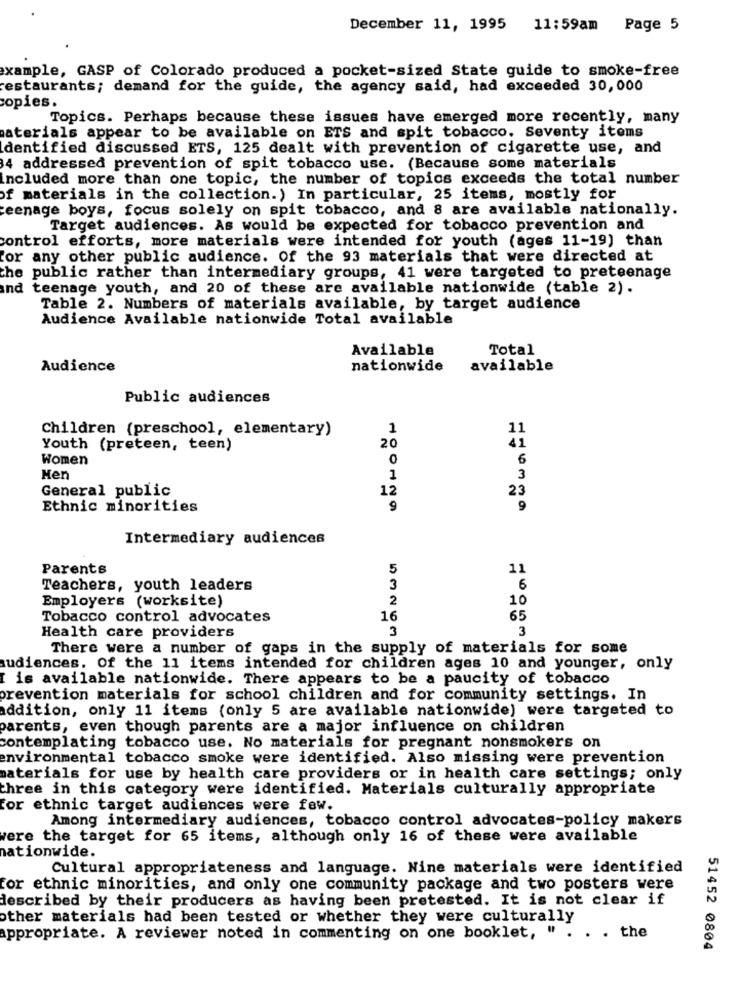
December 11, 1995 11:59am Page 5
example, GASP of Colorado produced a pocket-sized State guide to smoke-free
restaurants; demand for the guide, the agency said, had exceeded 30, 000
copies.
Topics. Perhaps because these issues have emerged more recently, many
aterials appear to be available on ETS and spit tobacco. Seventy items
Identified discussed ETS, 125 dealt with prevention of cigarette use, and
4 addressed prevention of spit tobacco use. (Because some materials
included more than one topic, the number of topics exceeds the total number
of materials in the collection.) In particular, 25 items, mostly for
teenage boys, focus solely on spit tobacco, and 8 are available nationally.
Target audiences. As would be expected for tobacco prevention and
control efforts, more materials were intended for youth (ages 11-19) than
for any other public audience. Of the 93 materials that were directed at
the public rather than intermediary groups, 41 were targeted to preteenage
ind teenage youth, and 20 of these are available nationwide (table 2).
Table 2. Numbers of materials available, by target audience
Audience Available nationwide Total available
Available
Total
Audience
nationwide
available
Public audiences
Children (preschool, elementary)
1
11
Youth (preteen, teen)
20
41
Women
0
6
Men
1
3
General public
12
23
Ethnic minorities
9
9
Intermediary audiences
Parents
5
11
Teachers, youth leaders
3
6
Employers (worksite)
2
10
Tobacco control advocates
16
65
3
3
Health care providers
There were a number of gaps in the supply of materials for some
audiences. Of the 11 items intended for children ages 10 and younger, only
is available nationwide. There appears to be a paucity of tobacco
prevention materials for school children and for community settings. In
addition, only 11 items (only 5 are available nationwide) were targeted to
parents, even though parents are a major influence on children
contemplating tobacco use. No materials for pregnant nonsmokers on
environmental tobacco smoke were identified. Also missing were prevention
materials for use by health care providers or in health care settings; only
three in this category were identified. Materials culturally appropriate
for ethnic target audiences were few.
Among intermediary audiences, tobacco control advocates-policy makers
were the target for 65 items, although only 16 of these were available
nationwide.
Cultural appropriateness and language. Nine materials were identified
for ethnic minorities, and only one community package and two posters were
described by their producers as having been pretested. It is not clear if
other materials had been tested or whether they were culturally
appropriate. A reviewer noted in commenting on one booklet, " . . . the
51452 0804